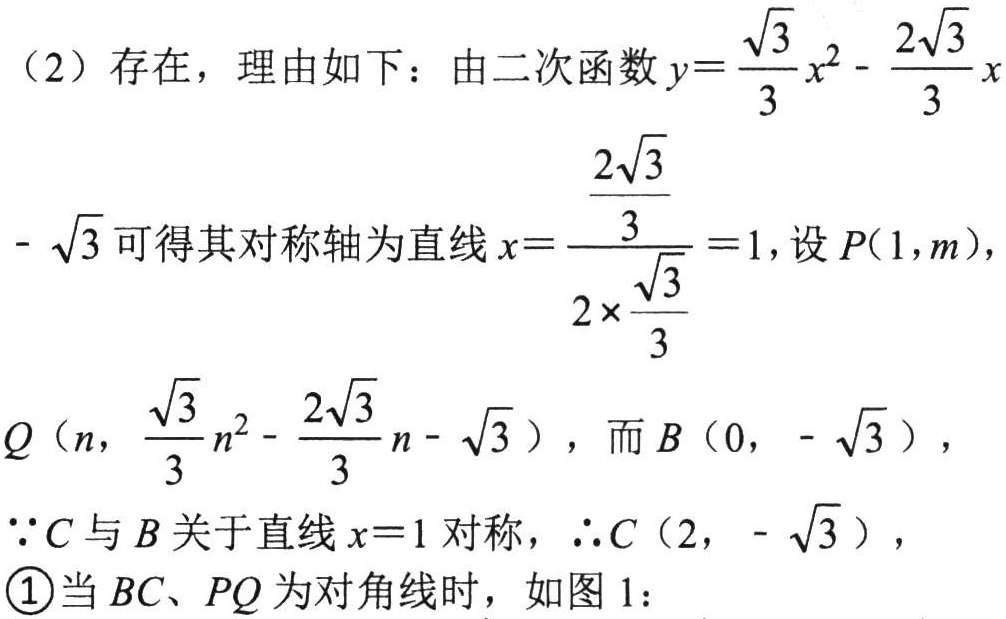
（2）存在，理由如下：由二次函数\(y = \frac{\sqrt{3}}{3}x^{2}-\frac{2\sqrt{3}}{3}x-\sqrt{3}\)可得其对称轴为直线\(x = \frac{\frac{2\sqrt{3}}{3}}{2\times\frac{\sqrt{3}}{3}} = 1\)，设\(P(1,m)\)，
\(Q\left(n,\frac{\sqrt{3}}{3}n^{2}-\frac{2\sqrt{3}}{3}n - \sqrt{3}\right)\)，而\(B(0,-\sqrt{3})\)，
\(\because C\)与\(B\)关于直线\(x = 1\)对称，\(\therefore C(2,-\sqrt{3})\)，
\textcircled{1}当\(BC、PQ\)为对角线时，如图1：